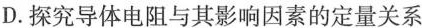
D.探究导体电阻与其影响因素的定量关系